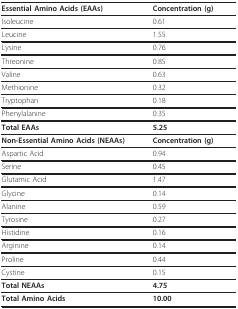
<table><thead><tr><td><b>Essential Amino Acids (EAAs)</b></td><td><b>Concentration (g)</b></td></tr></thead><tbody><tr><td>Isoleucine</td><td>0.61</td></tr><tr><td>Leucine</td><td>1.55</td></tr><tr><td>Lysine</td><td>0.76</td></tr><tr><td>Threonine</td><td>0.85</td></tr><tr><td>Valine</td><td>0.63</td></tr><tr><td>Methionine</td><td>0.32</td></tr><tr><td>Tryptophan</td><td>0.18</td></tr><tr><td>Phenylalanine</td><td>0.35</td></tr><tr><td><b>Total EAAs</b></td><td><b>5.25</b></td></tr><tr><td><b>Non-Essential Amino Acids (NEAAs)</b></td><td><b>Concentration (g)</b></td></tr><tr><td>Aspartic Acid</td><td>0.94</td></tr><tr><td>Serine</td><td>0.45</td></tr><tr><td>Glutamic Acid</td><td>1.47</td></tr><tr><td>Glycine</td><td>0.14</td></tr><tr><td>Alanine</td><td>0.59</td></tr><tr><td>Tyrosine</td><td>0.27</td></tr><tr><td>Histidine</td><td>0.16</td></tr><tr><td>Arginine</td><td>0.14</td></tr><tr><td>Proline</td><td>0.44</td></tr><tr><td>Cystine</td><td>0.15</td></tr><tr><td><b>Total NEAAs</b></td><td><b>4.75</b></td></tr><tr><td><b>Total Amino Acids</b></td><td><b>10.00</b></td></tr></tbody></table>